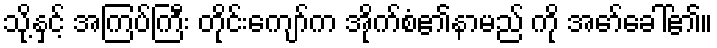
သို့နှင့် အကြပ်ကြီး တိုင်းကျော်က အိုက်စံ၏နာမည် ကို အော်ခေါ်၏။